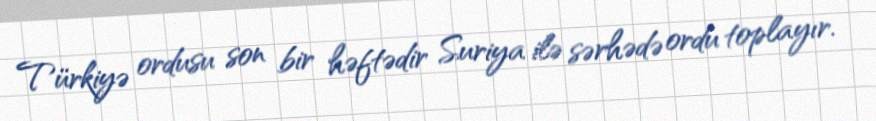
Türkiyə ordusu son bir həftədir Suriya ilə sərhədə ordu toplayır.